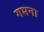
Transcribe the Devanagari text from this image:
गमना